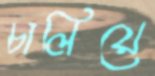
চালিয়ে